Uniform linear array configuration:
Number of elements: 32
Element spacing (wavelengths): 0.25
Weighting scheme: uniform
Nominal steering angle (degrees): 60
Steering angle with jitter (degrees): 58.894
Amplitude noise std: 0.05
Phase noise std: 0.05

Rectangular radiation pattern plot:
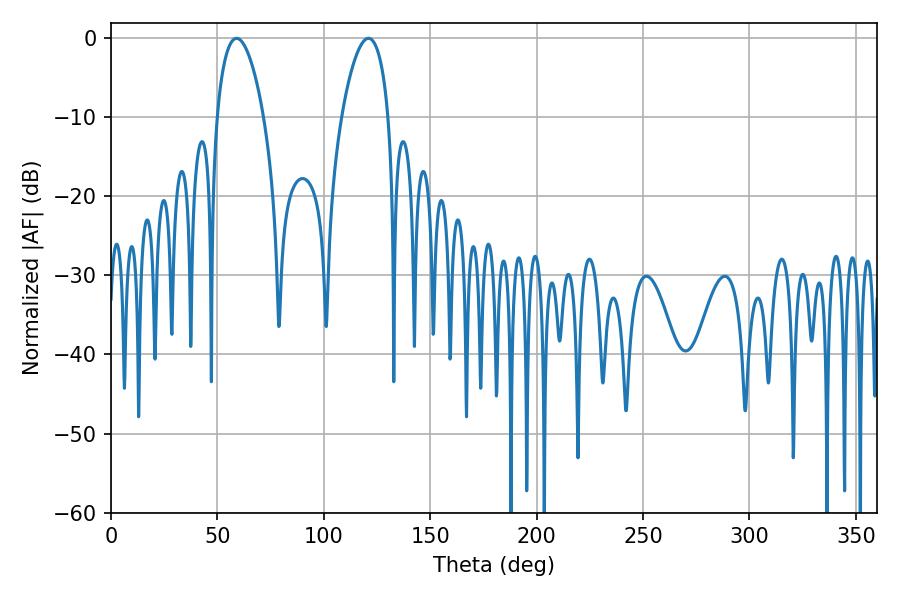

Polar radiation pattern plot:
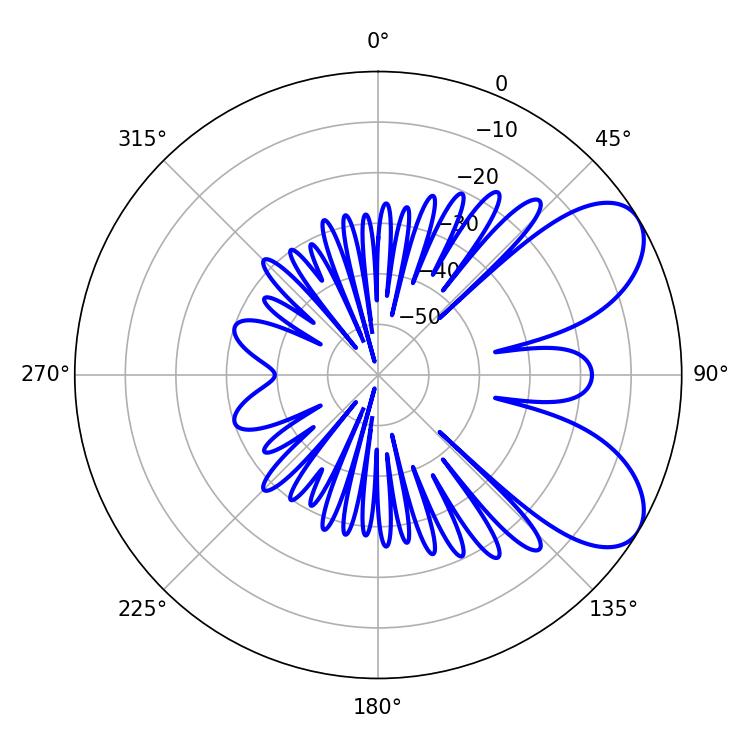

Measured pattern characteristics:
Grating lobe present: FALSE
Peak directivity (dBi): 6.965
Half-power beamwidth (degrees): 12.24
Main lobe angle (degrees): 59.04